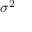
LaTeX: { \sigma ^ { 2 } } \,